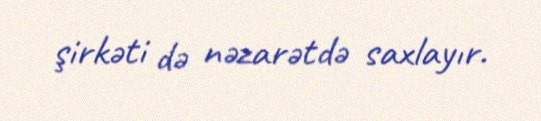
şirkəti də nəzarətdə saxlayır.